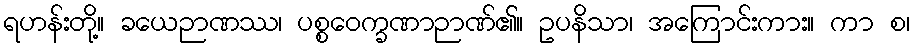
ရဟန်းတို့။ ခယေဉာဏဿ၊ ပစ္စဝေက္ခဏာဉာဏ်၏။ ဥပနိသာ၊ အကြောင်းကား။ ကာ စ၊